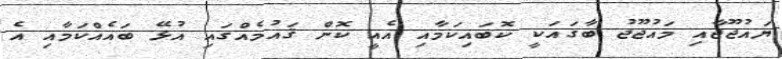
ޔައުޖޫޖާއި މައުޖޫޖު ބާގައަކީ ކޮބައިކަމާއި އެއީ ކޮން ޤައުމެއްގައި އުޅޭ ބައެއްކަމާއި އެ